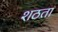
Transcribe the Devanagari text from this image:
शठता